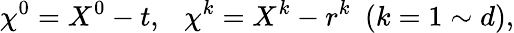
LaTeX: \chi^{0}=X^{0}-t,~~~\chi^{k}=X^{k}-r^{k}~~(k=1\sim d),